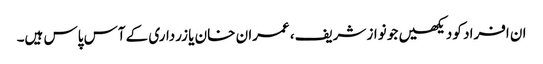
ان افراد کو دیکھیں جو نواز شریف، عمران خان یا زرداری کے آس پاس ہیں۔